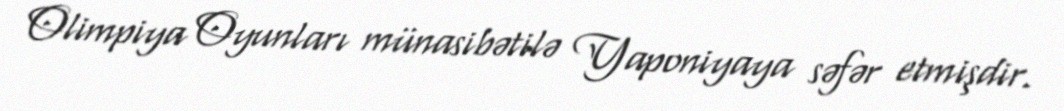
Olimpiya Oyunları münasibətilə Yaponiyaya səfər etmişdir.